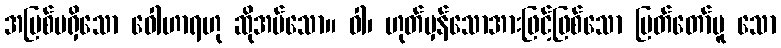
အပြစ်မရှိသော ဝေါဟာရဟု ဆိုအပ်သော။ ဝါ၊ ဟုတ်မှန်သောအားဖြင့်ဖြစ်သော မြတ်တော်မူ သော